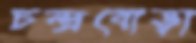
চন্দ্রবোড়া